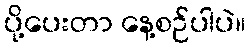
ပို့ပေးတာ နေ့စဉ်ပါပဲ။